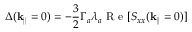
\Delta ( \mathbf { k } _ { | | } = 0 ) = - \frac { 3 } { 2 } \Gamma _ { a } \lambda _ { a } \mathrm { ~ R ~ e ~ } [ S _ { x x } ( \mathbf { k } _ { | | } = 0 ) ]